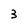
Character: 3